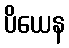
ပိယေန